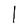
Character: l